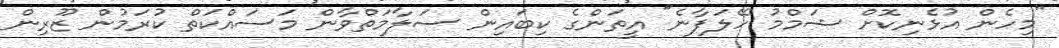
"މިހެން އުޅެނިކޮށް ޝަމްމު ހޭލަފާނެ" އީތަންގެ ކިބައިން ސަލާމަތްވާން މަސައްކަތް ކުރަމުން ޒޫރިން